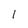
Character: l